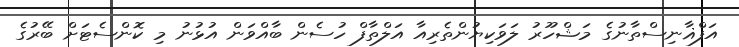
އަފްޣާނިސްތާނުގެ މަޝްހޫރު ލަވަކިޔުންތެރިއާ އަލްތާފް ހުސެން ބާއްވަން އުޅުުނު މި ކޮންސެޓަށް ބޭރުގެ